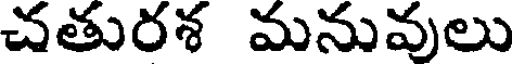
చతురశ మనువులు